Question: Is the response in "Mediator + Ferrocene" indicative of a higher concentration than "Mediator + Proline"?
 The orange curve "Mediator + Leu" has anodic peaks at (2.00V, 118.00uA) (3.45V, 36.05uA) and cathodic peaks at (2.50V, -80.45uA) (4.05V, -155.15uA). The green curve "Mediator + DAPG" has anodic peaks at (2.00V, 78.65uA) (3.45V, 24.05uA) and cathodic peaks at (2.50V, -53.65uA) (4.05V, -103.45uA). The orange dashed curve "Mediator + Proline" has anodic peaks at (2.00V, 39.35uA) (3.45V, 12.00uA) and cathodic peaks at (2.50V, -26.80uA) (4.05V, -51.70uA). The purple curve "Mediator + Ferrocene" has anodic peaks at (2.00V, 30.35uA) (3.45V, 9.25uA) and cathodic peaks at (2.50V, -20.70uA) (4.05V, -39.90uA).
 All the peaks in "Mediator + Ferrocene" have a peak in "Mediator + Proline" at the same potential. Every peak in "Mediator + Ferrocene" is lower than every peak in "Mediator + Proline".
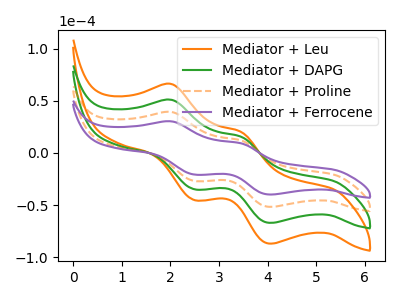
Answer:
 <answer>"Mediator + Ferrocene" has less signal than "Mediator + Proline".</answer>
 <eval>less_signal</eval>